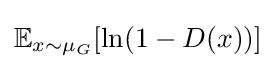
\mathbb {E} _{x\sim \mu _{G}}[\ln(1-D(x))]